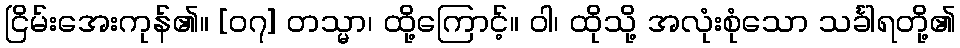
ငြိမ်းအေးကုန်၏။ [၀၇] တသ္မာ၊ ထို့ကြောင့်။ ဝါ၊ ထိုသို့ အလုံးစုံသော သင်္ခါရတို့၏